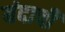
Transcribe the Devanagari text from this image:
यंदाची